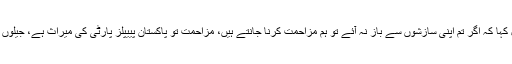
آصف علی زرداری نے ببانگ دہل کہا کہ اگر تم اپنی سازشوں سے باز نہ آئے تو ہم مزاحمت کرنا جانتے ہیں، مزاحمت تو پاکستان پییپلز پارٹی کی میراث ہے، جیلوں سے تم ڈرتے ہو ہم تو نہیں ڈرتے۔